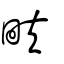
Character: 畉